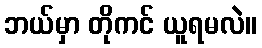
ဘယ်မှာ တိုကင် ယူရမလဲ။